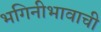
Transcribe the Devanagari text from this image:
भगिनीभावाची